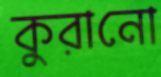
কুরানো